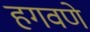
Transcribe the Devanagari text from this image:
हगवणे